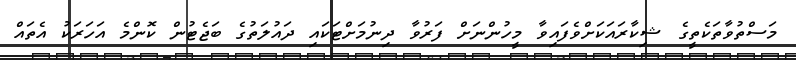
މަސްތުވާތަކެތީގެ ޝިކާރައަކަށްވެފައިވާ މީހުންނަށް ފަރުވާ ދިނުމަށްޓަކައި ދައުލަތުގެ ބަޖެޓުން ކޮންމެ އަހަރަކު އެތައް